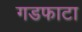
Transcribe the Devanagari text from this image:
गडफाटा